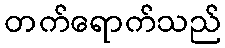
တက်ရောက်သည်